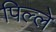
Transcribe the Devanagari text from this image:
पिल्‍ले